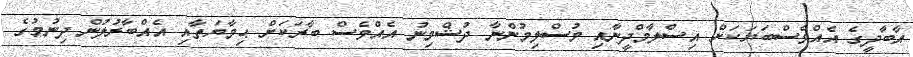
އާބާދީގެ އެއްވެސްބަޔަކަށް އިސްލާމްދީނާއި މުސްލިމުންނާ ދުޝްމިނު އެއްވެސް ބާރަކަށް ޙިމާޔަތާއި އެއްބާރުލުން ދިނުމުގެ